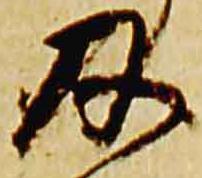
及